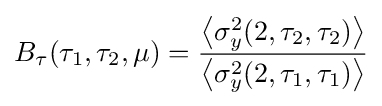
B_{\tau }(\tau _{1},\tau _{2},\mu )={\frac {\left\langle \sigma _{y}^{2}(2,\tau _{2},\tau _{2})\right\rangle }{\left\langle \sigma _{y}^{2}(2,\tau _{1},\tau _{1})\right\rangle }}